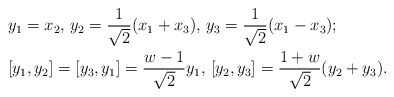
\begin{align*} &y_1=x_2, \, y_2=\frac{1}{\sqrt{2}}(x_1+x_3), \, y_3=\frac{1}{\sqrt{2}}(x_1-x_3);\\ &[y_1,y_2]=[y_3,y_1]=\frac{w-1}{\sqrt{2}}y_1, \, [y_2,y_3]=\frac{1+w}{\sqrt{2}}(y_2+y_3).\end{align*}